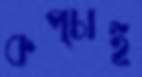
কপ্‌চাই